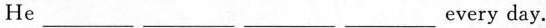
He___ ___ ___ ___every day.